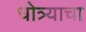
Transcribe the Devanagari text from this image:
धोत्र्याचा